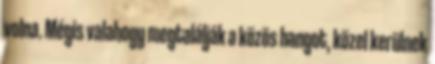
volna. Mégis valahogy megtalálják a közös hangot, közel kerülnek